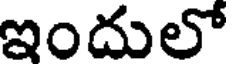
ఇందులో